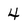
Character: 4